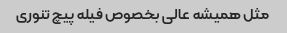
مثل همیشه عالی بخصوص فیله پیچ تنوری